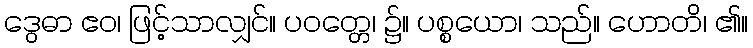
ဒွေဓာ ဧဝ၊ ဖြင့်သာလျှင်။ ပဝတ္တေ၊ ၌။ ပစ္စယော၊ သည်။ ဟောတိ၊ ၏။